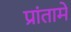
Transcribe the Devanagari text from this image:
प्रांतामे